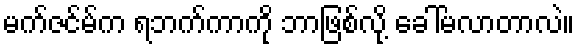
မက်ဇင်မ်က ရဘက်ကာကို ဘာဖြစ်လို့ ခေါ်မလာတာလဲ။